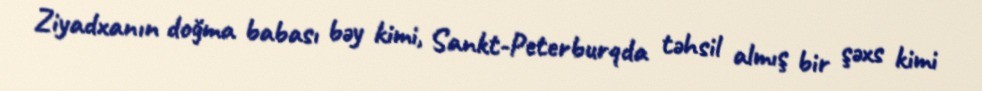
Ziyadxanın doğma babası bəy kimi, Sankt-Peterburqda təhsil almış bir şəxs kimi